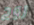
روج